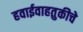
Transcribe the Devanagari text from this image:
हवाईवाहतुकीचे